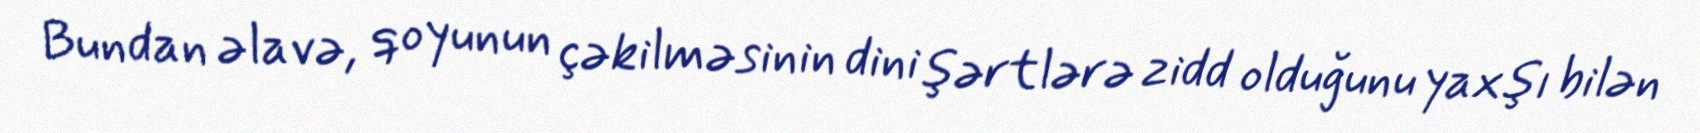
Bundan əlavə, qoyunun çəkilməsinin dini şərtlərə zidd olduğunu yaxşı bilən